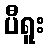
ပီရူး